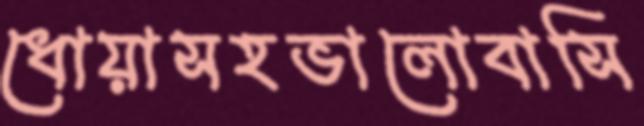
ধোয়াসহভালোবাসি